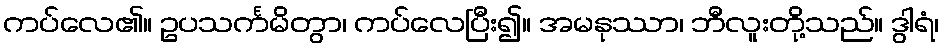
ကပ်လေ၏။ ဥပသင်္ကမိတွာ၊ ကပ်လေပြီး၍။ အမနုဿာ၊ ဘီလူးတို့သည်။ ဒွါရံ၊